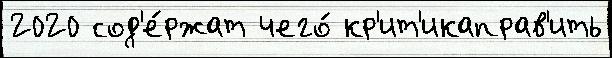
2020 сод'е́ржат чего́ кр'ит'икаправ'ить